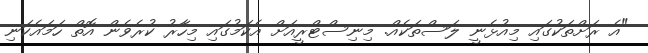
"އެ ރަށްތަކުގައި މިއުޅެނީ ލަސްތަކެއް. މިނިސްޓްރީއަށް އެކަމުގައި މިހާރު ކުރެެވެން އޮތް ހަމައެކަނި